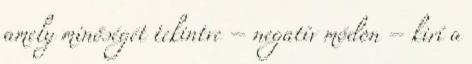
amely minőségét tekintve – negatív módon – kirí a